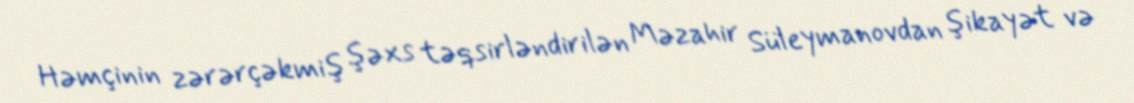
Həmçinin zərərçəkmiş şəxs təqsirləndirilən Məzahir Süleymanovdan şikayət və